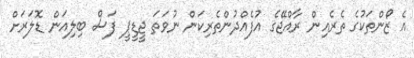
އެ ޒޯންތަކުގެ ތެރެއިން ރާއްޖޭގެ އުފެއްދުންތެރިކަން ނުވަތަ ޖީޑީޕީ ފަސް ބިލިއަން ޑޮލަރަށް